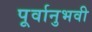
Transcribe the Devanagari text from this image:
पूर्वानुभवी